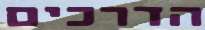
הדרכים